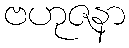
ဗဟုဇနာ